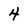
Character: 4